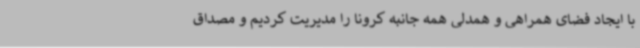
با ایجاد فضای همراهی و همدلی همه جانبه کرونا را مدیریت کردیم و مصداق